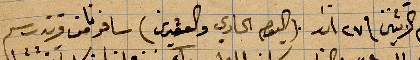
يوم الاثنين في ٢٧ اذار (اليوم الحادي والعشرين) سافرنا من وقت رسم